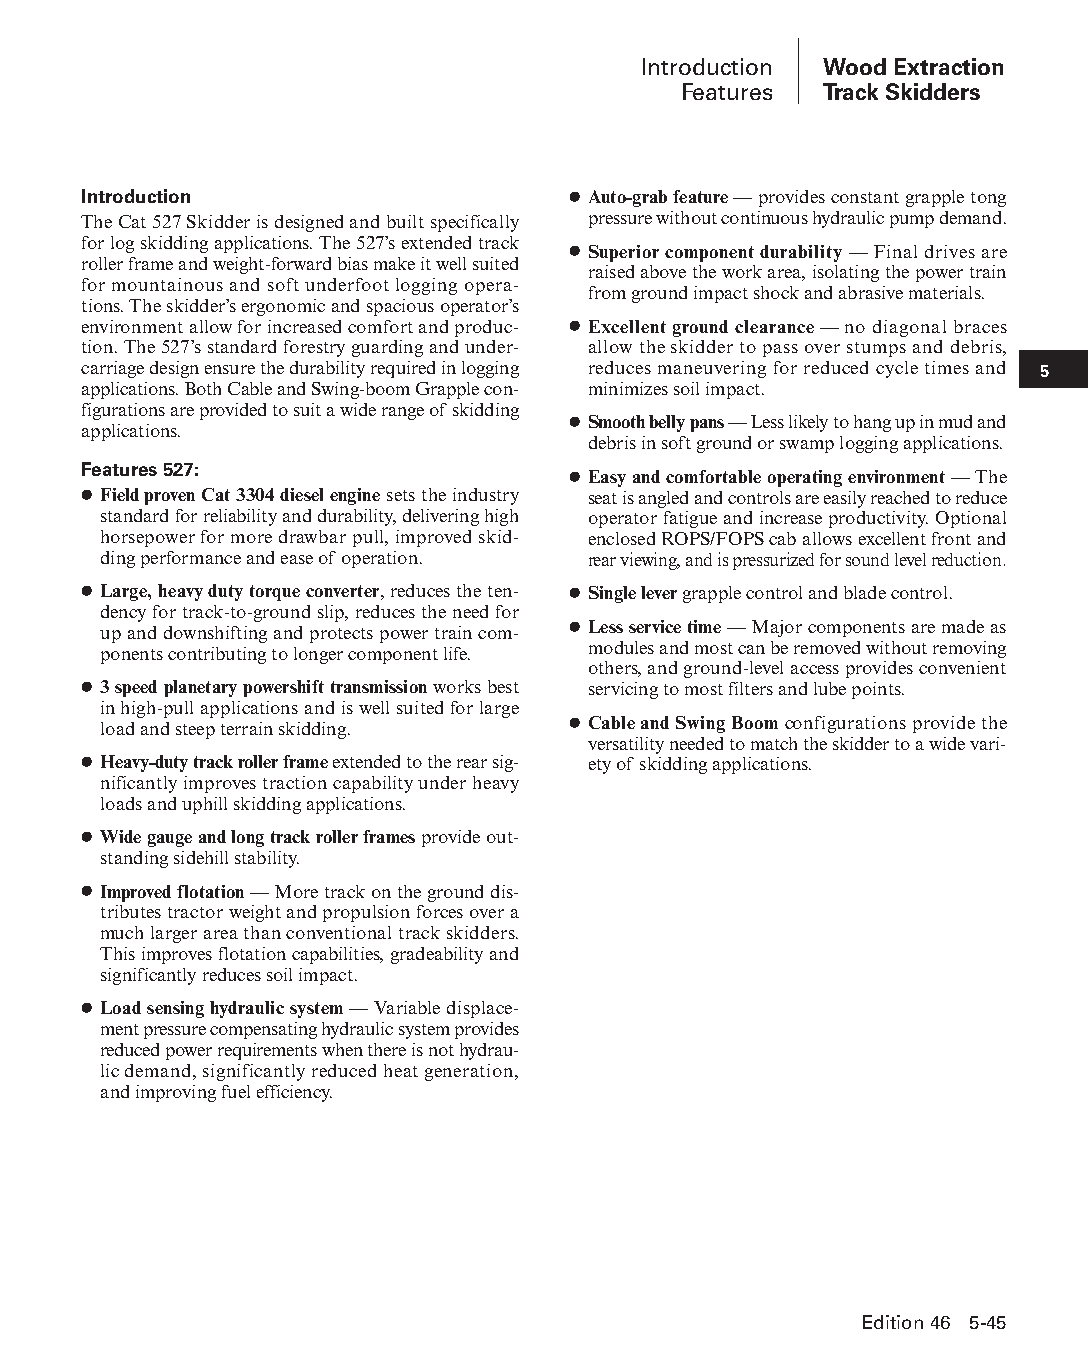
Introduction Wood Extraction
 Features  Track Skidders
 Introduction                    ● Auto-grab feature — provides constant grapple tong
 The Cat 527 Skidder is designed and built specifically pressure without continuous hydraulic pump demand.
 for log skidding applications. The 527’s extended track
 ● Superior component durability — Final drives are
 roller frame and weight-forward bias make it well suited
 raised above the work area, isolating the power train
 for mountainous and soft underfoot logging opera-
 from ground impact shock and abrasive materials.
 tions. The skidder’s ergonomic and spacious operator’s
 environment allow for increased comfort and produc- ● Excellent ground clearance — no diagonal braces
 tion. The 527’s standard forestry guarding and under- allow the skidder to pass over stumps and debris,
 car riage design ensure the durability required in logging reduces maneuvering for reduced cycle times and 5
 applications. Both Cable and Swing-boom Grapple con- minimizes soil impact.
 figurations are provided to suit a wide range of skidding
 ● Smooth belly pans — Less likely to hang up in mud and
 applications.
 debris in soft ground or swamp logging applications.
 Features 527:
 ● Easy and comfortable operating environment — The
 ● Field proven Cat 3304 diesel engine sets the industry seat is angled and controls are easily reached to reduce
 standard for reliability and durability, delivering high operator fatigue and increase productivity. Optional
 horsepower for more drawbar pull, improved skid- enclosed ROPS/FOPS cab allows excellent front and
 ding performance and ease of operation. rear viewing, and is pressurized for sound level reduction.
 ● Large, heavy duty torque converter, reduces the ten- ● Single lever grapple control and blade control.
 dency for track-to-ground slip, reduces the need for
 up and downshifting and protects power train com- ● Less service time — Major components are made as
 po nents contributing to longer component life. modules and most can be removed without removing
 others, and ground-level access provides convenient
 ● 3 speed planetary powershift transmission works best servicing to most filters and lube points.
 in high-pull applications and is well suited for large
 load and steep terrain skidding. ● Cable and Swing Boom configurations provide the
 versatility needed to match the skidder to a wide vari-
 ● Heavy-duty track roller frame extended to the rear sig- ety of skidding applications.
 nif icantly improves traction capability under heavy
 loads and uphill skidding applications.
 ● Wide gauge and long track roller frames provide out-
 standing sidehill stability.
 ● Improved flotation — More track on the ground dis-
 tributes tractor weight and propulsion forces over a
 much larger area than conventional track skidders.
 This improves flotation capabilities, gradeability and
 significantly reduces soil impact.
 ● Load sensing hydraulic system — Variable displace-
 ment pressure compensating hydraulic system provides
 reduced power requirements when there is not hydrau-
 lic demand, significantly reduced heat generation,
 and improving fuel efficiency.
 Edition 46 5-45
 PPHHBB--SSeecc0055--1166..iinndddd 4455                        1122//44//1155 22::1188 PPMM